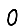
Digit: 0